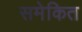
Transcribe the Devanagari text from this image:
समेकित